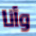
وأنا